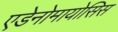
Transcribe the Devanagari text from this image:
एडेनोमायोसिस